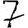
Digit: 7